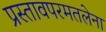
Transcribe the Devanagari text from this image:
प्रस्तावपरमतलेना